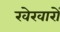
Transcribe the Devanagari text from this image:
खेरवारों